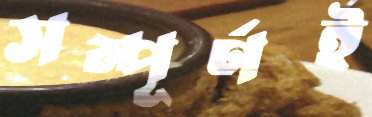
সম্পূর্ণই